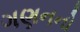
ગણનનો